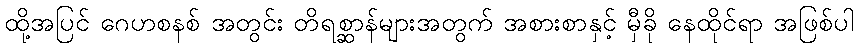
ထို့အပြင် ဂေဟစနစ် အတွင်း တိရစ္ဆာန်များအတွက် အစားစာနှင့် မှီခို နေထိုင်ရာ အဖြစ်ပါ